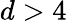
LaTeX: d>4